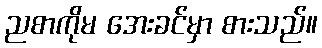
ညစာကိုမ အေးခင်မှာ စားသည်။